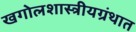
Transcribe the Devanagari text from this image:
खगोलशास्त्रीयग्रंथात